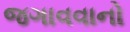
જગાવવાનો